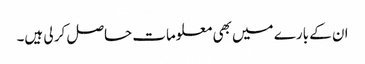
ان کے بارے میں بھی معلومات حاصل کر لی ہیں۔